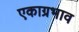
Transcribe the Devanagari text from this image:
एकाग्रभाव